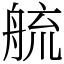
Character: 艈